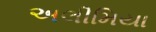
અલીમિયા